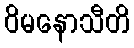
ဝိမနောသီတိ